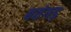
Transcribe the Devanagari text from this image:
बतंगड़